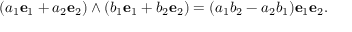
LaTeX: ( a _ { 1 } { \mathbf { e } } _ { 1 } + a _ { 2 } { \mathbf { e } } _ { 2 } ) \wedge ( b _ { 1 } { \mathbf { e } } _ { 1 } + b _ { 2 } { \mathbf { e } } _ { 2 } ) = ( a _ { 1 } b _ { 2 } - a _ { 2 } b _ { 1 } ) \mathbf { e } _ { 1 } \mathbf { e } _ { 2 } .